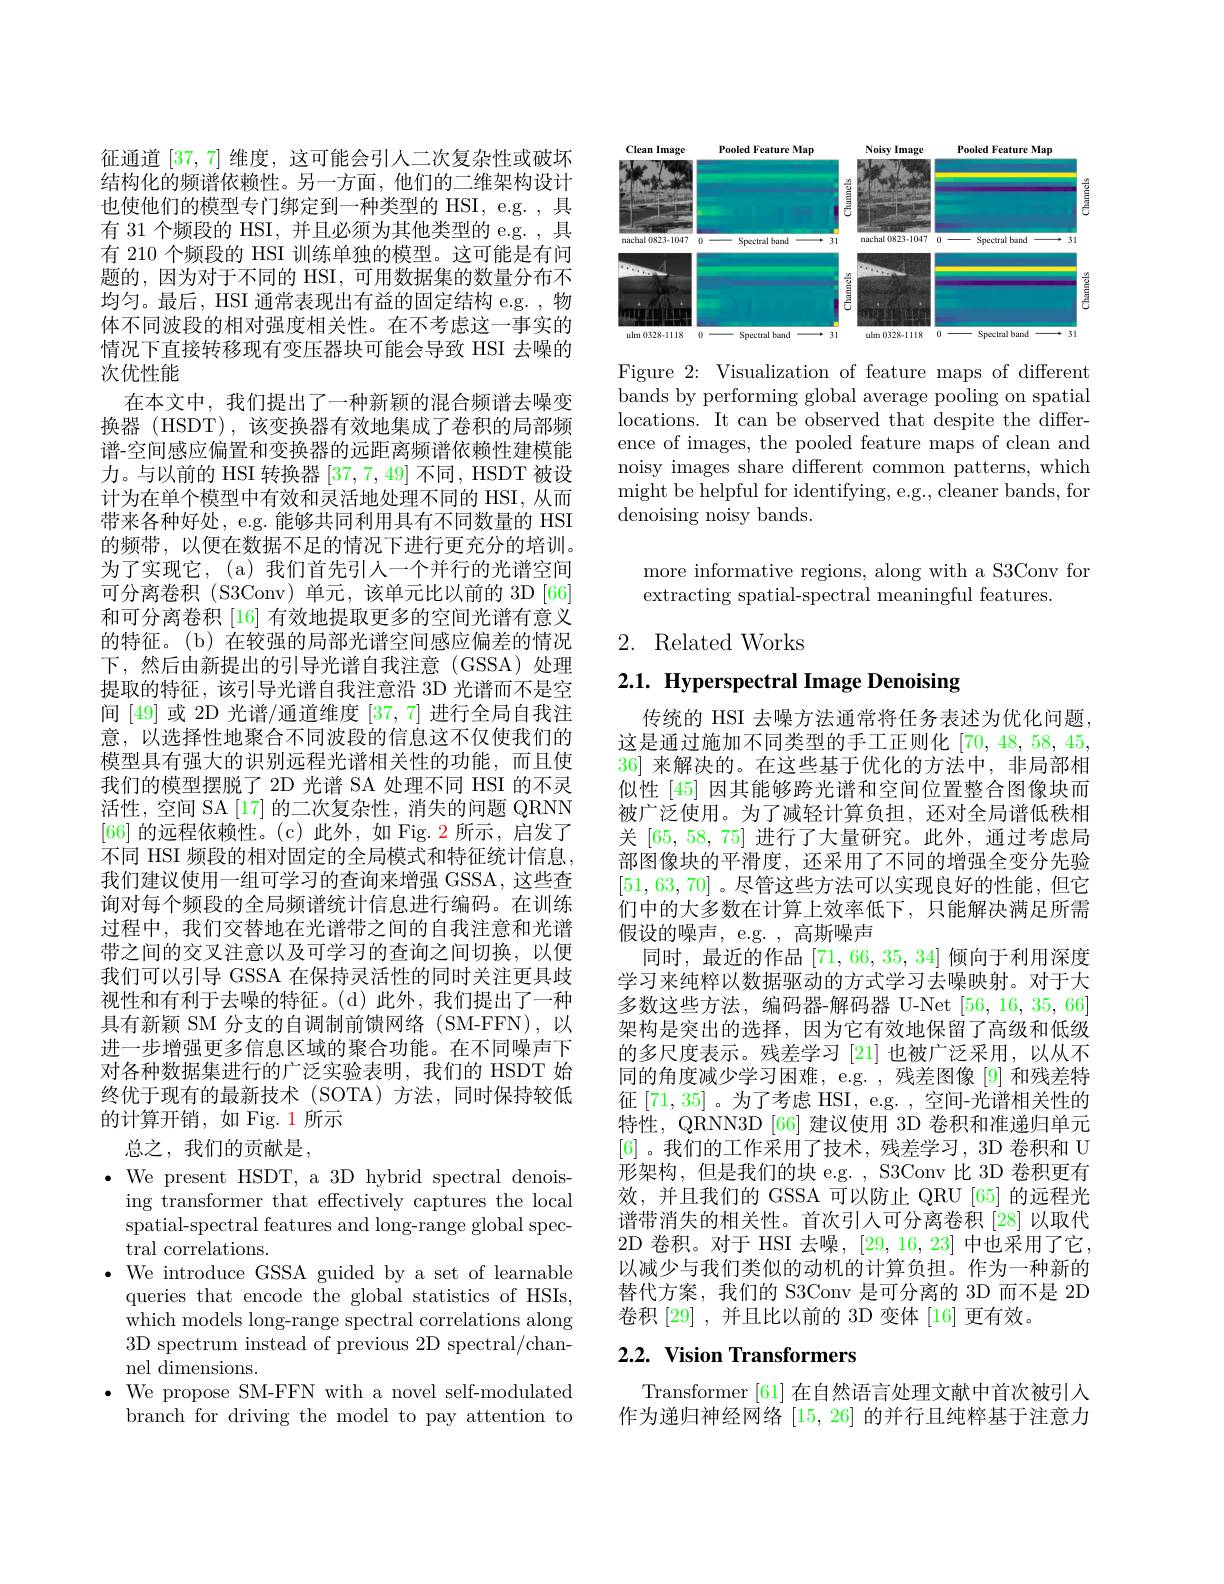
征通道[37,7]维度，这可能会引人二次复杂性或破坏结构化的频谱依赖性。另一方面，他们的二维架构设计也使他们的模型专门绑定到一种类型的 HSI, e.g. , 具有 31 个频段的 HSI, 并且必须为其他类型的 e.g. , 具有 210 个频段的 HSI 训练单独的模型。这可能是有问题的，因为对于不同的 HSI, 可用数据集的数量分布不均匀。最后，HSI 通常表现出有益的固定结构 e.g. ,物体不同波段的相对强度相关性。在不考虑这一事实的情况下直接转移现有变压器块可能会导致 HSI 去噪的次优性能
在本文中，我们提出了一种新颖的混合频谱去噪变换器 (HSDT),该变换器有效地集成了卷积的局部频谱-空间感应偏置和变换器的远距离频谱依赖性建模能力。与以前的 HSI 转换器[37,7,49]不同 , HSDT 被设计为在单个模型中有效和灵活地处理不同的 HSI, 从而带来各种好处，e.g. 能够共同利用具有不同数量的 HSI 的频带，以便在数据不足的情况下进行更充分的培训。为了实现它，(a)我们首先引入一个并行的光谱空间可分离卷积 (S3Conv) 单元，该单元比以前的 3D [66] 和可分离卷积 [16] 有效地提取更多的空间光谱有意义的特征。(b) 在较强的局部光谱空间感应偏差的情况下，然后由新提出的引导光谱自我注意(GSSA)处理提取的特征，该引导光谱自我注意沿 3D 光谱而不是空间 [49] 或 2D 光谱/通道维度 [37,7] 进行全局自我注意，以选择性地聚合不同波段的信息这不仅使我们的模型具有强大的识别远程光谱相关性的功能，而且使我们的模型摆脱了 2D 光谱 SA 处理不同 HSI 的不灵活性，空间 SA [17] 的二次复杂性，消失的问题 QRNN [66]的远程依赖性。(c)此外，如 Fig. 2 所示，启发了不同 HSI 频段的相对固定的全局模式和特征统计信息， 我们建议使用一组可学习的查询来增强 GSSA,这些查询对每个频段的全局频谱统计信息进行编码。在训练过程中，我们交替地在光谱带之间的自我注意和光谱带之间的交叉注意以及可学习的查询之间切换，以便我们可以引导 GSSA 在保持灵活性的同时关注更具歧视性和有利于去噪的特征。(d)此外，我们提出了一种具有新颖 SM 分支的自调制前馈网络 (SM-FFN),以进一步增强更多信息区域的聚合功能。在不同噪声下对各种数据集进行的广泛实验表明，我们的 HSDT 始终优于现有的最新技术(SOTA)方法，同时保持较低的计算开销，如 Fig. 1 所示
总之，我们的贡献是，
$\bullet$ We present HSDT, a 3D hybrid spectral denoising transformer that effectively captures the local spatial-spectral features and long-range global spectral correlations.
$\bullet$ We introduce GSSA guided by a set of learnable
queries that encode the global statistics of HSIs, which models long-range spectral correlations along 3D spectrum instead of previous 2D spectral/channel dimensions.
$\bullet$ We propose SM-FFN with a novel self-modulated
branch for driving the model to pay attention to

<FigureHere>

Figure 2: Visualization of feature maps of different bands by performing global average pooling on spatial locations. It can be observed that despite the difference of images, the pooled feature maps of clean and noisy images share different common patterns, which might be helpful for identifying, e.g., cleaner bands, for denoising noisy bands.

more informative regions, along with a S3Conv for
extracting spatial-spectral meaningful features.

# 2. Related Works

# 2.1. Hyperspectral Image Denoising

传统的 HSI 去噪方法通常将任务表述为优化问题， 这是通过施加不同类型的手工正则化[70,48,58,45, 36]来解决的。在这些基于优化的方法中，非局部相似性 [45] 因其能够跨光谱和空间位置整合图像块而被广泛使用。为了减轻计算负担，还对全局谱低秩相关 [65, 58, 75] 进行了大量研究。此外，通过考虑局部图像块的平滑度，还采用了不同的增强全变分先验[51,63,70] 。尽管这些方法可以实现良好的性能，但它们中的大多数在计算上效率低下，只能解决满足所需假设的噪声，e.g. ,高斯噪声
同时，最近的作品[71,66,35,34]倾向于利用深度学习来纯粹以数据驱动的方式学习去噪映射。对于大多数这些方法，编码器-解码器 U-Net [56, 16, 35, 66] 架构是突出的选择，因为它有效地保留了高级和低级的多尺度表示。残差学习[21]也被广泛采用，以从不同的角度减少学习困难，e.g. ,残差图像[9] 和残差特征[71,35]。为了考虑 HSI, e.g. , 空间-光谱相关性的特性，QRNN3D [66] 建议使用 3D 卷积和准递归单元[6] 。我们的工作采用了技术，残差学习，3D 卷积和 U 形架构，但是我们的块 e.g. , S3Conv 比 3D 卷积更有效，并且我们的 GSSA 可以防止 QRU [65] 的远程光谱带消失的相关性。首次引人可分离卷积[28]以取代2D 卷积。对于 HSI 去噪，[29,16,23] 中也采用了它， 以减少与我们类似的动机的计算负担。作为一种新的替代方案，我们的 S3Conv 是可分离的 3D 而不是 2D 卷积 [29] ,并且比以前的 3D 变体 [16] 更有效。

## 2.2. Vision Transformers

Transformer [61] 在自然语言处理文献中首次被引入作为递归神经网络[15,26]的并行且纯粹基于注意力